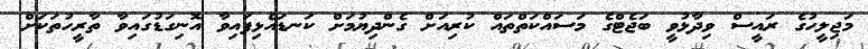
މަޖިލީހުގެ ރައީސް ވިދާޅުވީ ބަޖެޓްގެ މަސައްކަތްތައް ކުރިއަށް ގެންދިޔުމަށް ކަނޑައެޅިފައިވާ އޮނިގަޑުގައިވާ ތާރީހުތަކަށް